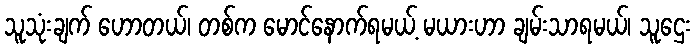
သူသုံးချက် ဟောတယ်၊ တစ်က မောင်နောက်ရမယ့် မယားဟာ ချမ်းသာရမယ်၊ သူဌေး